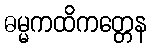
ဓမ္မကထိကတ္တေန